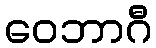
ဝေဘာဂီ